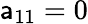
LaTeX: \mathsf{a}_{11}=0